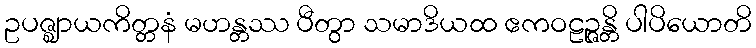
ဥပဇ္ဈာယကိတ္တနံ မဟန္တဿ ပီတွာ သမာဒိယထ ဧကဝဠဉ္ဇန္တိ ပါပိယောတိ